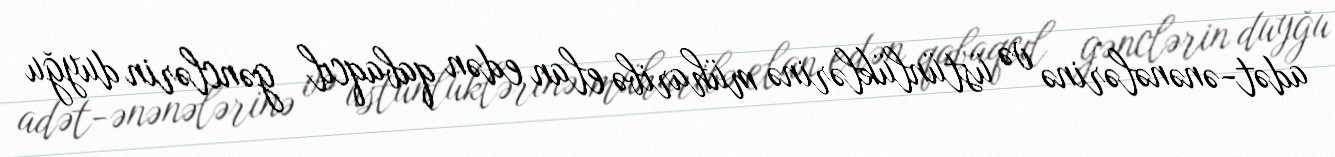
adət-ənənələrinə və üstünlüklərinə müharibə elan edən qabaqcıl gənclərin duyğu